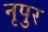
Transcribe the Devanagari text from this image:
नृपुर